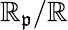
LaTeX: \mathbb{R}_{\mathfrak{{p}}}/\mathbb{R}